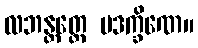
လဘန္တတ္ထေ ပဒက္ခိဏေ။